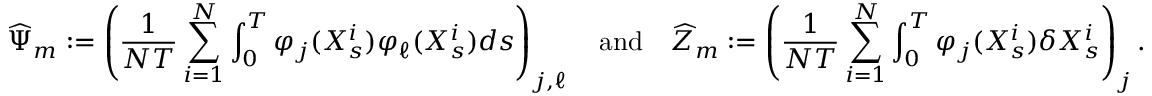
\widehat \Psi _ { m } : = \left( \frac { 1 } { N T } \sum _ { i = 1 } ^ { N } \int _ { 0 } ^ { T } \varphi _ { j } ( X _ { s } ^ { i } ) \varphi _ { \ell } ( X _ { s } ^ { i } ) d s \right) _ { j , \ell } \quad \mathrm { a n d } \quad \widehat Z _ { m } : = \left( \frac { 1 } { N T } \sum _ { i = 1 } ^ { N } \int _ { 0 } ^ { T } \varphi _ { j } ( X _ { s } ^ { i } ) \delta X _ { s } ^ { i } \right) _ { j } .